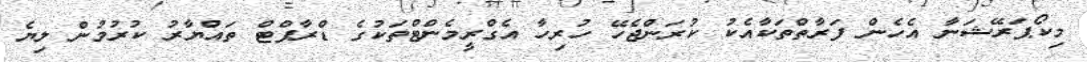
މިކޯޕަރޭޝަނާ އެހެން ފަރާތްތަކާއެކު ކުރަންޖެހޭ ހުރިހާ އެގްރީމެންޓްތަކުގެ ޑްރާފްޓް ތައްޔާރު ކުރުމުން ލިޔެ